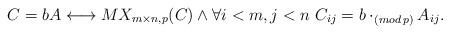
LaTeX: \begin{align*} &C = b A \longleftrightarrow MX_{m\times n,p}(C) \wedge\forall i<m,j<n\,\, C_{ij}= b\cdot_{(mod\,p)}A_{ij}. \end{align*}